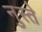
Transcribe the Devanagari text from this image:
नुस्ते